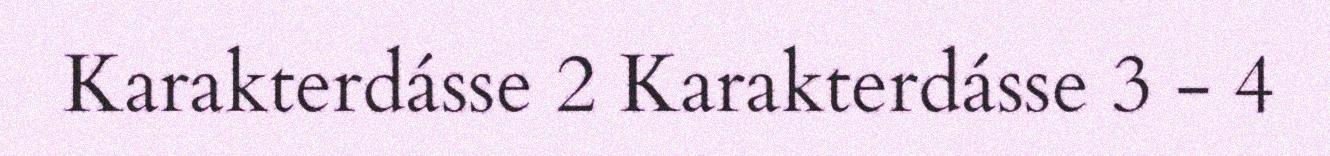
Karakterdásse 2 Karakterdásse 3 - 4